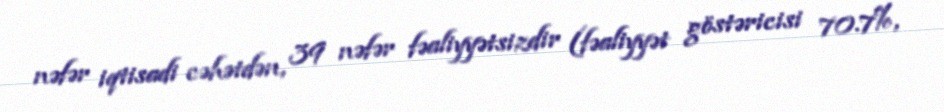
nəfər iqtisadi cəhətdən, 39 nəfər fəaliyyətsizdir (fəaliyyət göstəricisi 70.7%,